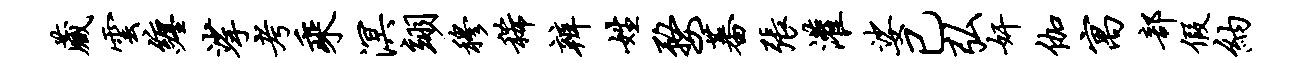
藏云缠挲考乘溟翊穆稀辨姓婺蕃张灌娑已弘奸伽寓部假纳